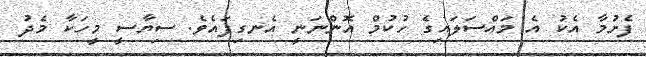
ފެށުމާ އެކު އެ މައްސަލައިގެ ހުކުމް އޮންނަނީ އެނގިފައެވެ. ސިޔާސީ މީހަކާ މެދު